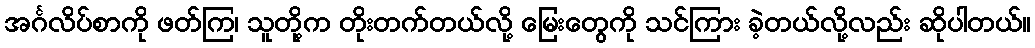
အင်္ဂလိပ်စာကို ဖတ်ကြ၊ သူတို့က တိုးတက်တယ်လို့ မြေးတွေကို သင်ကြား ခဲ့တယ်လို့လည်း ဆိုပါတယ်။